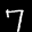
Label: 7